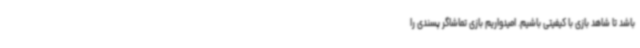
باشد تا شاهد بازی با کیفیتی باشیم. امیدواریم بازی تماشاگر پسندی را